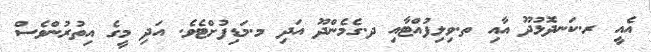
އެއީ ރ.ކަނދޮޅުދޫ އާއި ތ.ވިލިފުއްޓާއި ދ.ގެމެންދޫ އަދި މ.މަޑިފުށްޓެވެ. އަދި މީގެ އިތުރުންވެސް